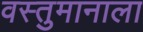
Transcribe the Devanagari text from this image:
वस्तुमानाला